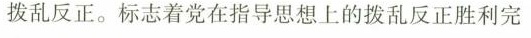
拨乱反正。标志着党在指导思想上的拨乱反正胜利完